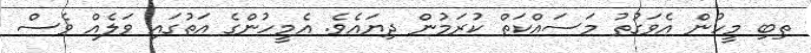
ތިބި މީހުން އެވަގުތު މަސައްކަތް ކުރަމުން ދިޔައެވެ. އެމީހުންގެ އަތުގައި ވަލެއް ވެސް